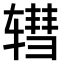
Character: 𫐕